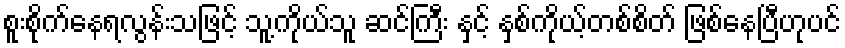
စူးစိုက်နေရလွန်းသဖြင့် သူ့ကိုယ်သူ ဆင်ကြီး နှင့် နှစ်ကိုယ့်တစ်စိတ် ဖြစ်နေပြီဟုပင်